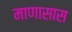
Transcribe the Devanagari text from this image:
माणासास